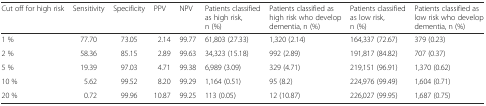
<table><thead><tr><td><b>Cut off for high risk</b></td><td><b>Sensitivity</b></td><td><b>Specificity</b></td><td><b>PPV</b></td><td><b>NPV</b></td><td><b>Patients classified as high risk, n (%)</b></td><td><b>Patients classified as high risk who develop dementia, n (%)</b></td><td><b>Patients classified as low risk, n (%)</b></td><td><b>Patients classified as low risk who develop dementia, n (%)</b></td></tr></thead><tbody><tr><td>1 %</td><td>77.70</td><td>73.05</td><td>2.14</td><td>99.77</td><td>61,803 (27.33)</td><td>1,320 (2.14)</td><td>164,337 (72.67)</td><td>379 (0.23)</td></tr><tr><td>2 %</td><td>58.36</td><td>85.15</td><td>2.89</td><td>99.63</td><td>34,323 (15.18)</td><td>992 (2.89)</td><td>191,817 (84.82)</td><td>707 (0.37)</td></tr><tr><td>5 %</td><td>19.39</td><td>97.03</td><td>4.71</td><td>99.38</td><td>6,989 (3.09)</td><td>329 (4.71)</td><td>219,151 (96.91)</td><td>1,370 (0.62)</td></tr><tr><td>10 %</td><td>5.62</td><td>99.52</td><td>8.20</td><td>99.29</td><td>1,164 (0.51)</td><td>95 (8.2)</td><td>224,976 (99.49)</td><td>1,604 (0.71)</td></tr><tr><td>20 %</td><td>0.72</td><td>99.96</td><td>10.87</td><td>99.25</td><td>113 (0.05)</td><td>12 (10.87)</td><td>226,027 (99.95)</td><td>1,687 (0.75)</td></tr></tbody></table>